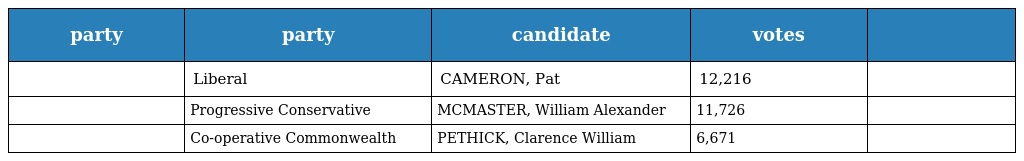
| party | party | candidate | votes |  |
 | --- | --- | --- | --- | --- |
 |  | Liberal | CAMERON, Pat | 12,216 |  |
 |  | Progressive Conservative | MCMASTER, William Alexander | 11,726 |  |
 |  | Co-operative Commonwealth | PETHICK, Clarence William | 6,671 |  |